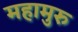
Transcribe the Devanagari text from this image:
महामुरु